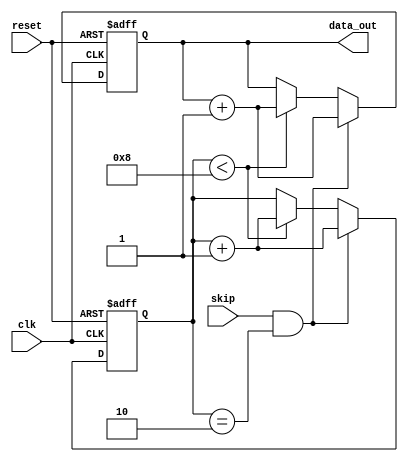
module Loop(
    input wire clk,
    input wire reset,
    input wire skip,
    output reg [7:0] data_out
);

reg [7:0] data;
reg [3:0] count;

always @ (posedge clk or posedge reset) begin
    if (reset) begin
        data <= 8'b0;
        count <= 4'b0;
    end else begin
        if (skip && count == 2) begin
            count <= count + 1;
            data <= data + 1;
        end else begin
            if (count < 8) begin
                count <= count + 1;
                data <= data + 1;
            end
        end
    end
end

assign data_out = data;

endmodule